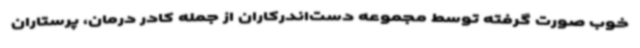
خوب صورت گرفته توسط مجموعه دست‌اندرکاران از جمله کادر درمان، پرستاران